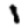
Digit: 1